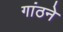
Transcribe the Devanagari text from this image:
गांठने